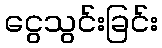
ငွေသွင်းခြင်း